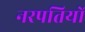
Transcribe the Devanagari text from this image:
नरपतियों